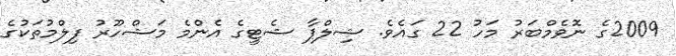
2009ގެ ނޮވެމްބަރު މަހު 22 ގައެވެ. ޝިލްޕާ ޝެޓީގެ އެންމެ މަޝްހޫރު ފިލްމުތަކުގެ